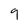
Character: 9